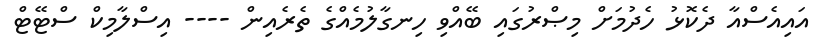
އައިއެސްއާ ދެކޮޅު ހެދުމަށް މިޞްރުގައި ބޭއްވި ހިނގާލުމެއްގެ ތެރެއިން ---- އިސްލާމިކް ސްޓޭޓް